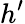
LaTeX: h^{\prime}